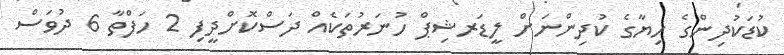
ކުޑަކުދިންގެ ހިޔާގެ ކުދިންނަށް ލީޑަރޝިޕް ހުނަރުތަކެއް ދަސްކޮށްދީފި 2 ހަފްތާ 6 ދުވަސް